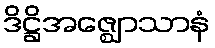
ဒိဋ္ဌိအဇ္ဈောသာနံ